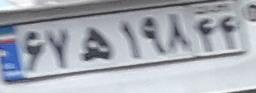
۶۷ه۱۹۸۴۴